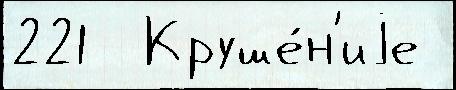
221  Круше́н'иjе